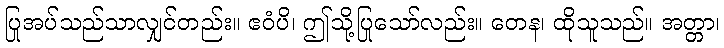
ပြုအပ်သည်သာလျှင်တည်း။ ဧဝံပိ၊ ဤသို့ပြုသော်လည်း။ တေန၊ ထိုသူသည်။ အတ္တာ၊